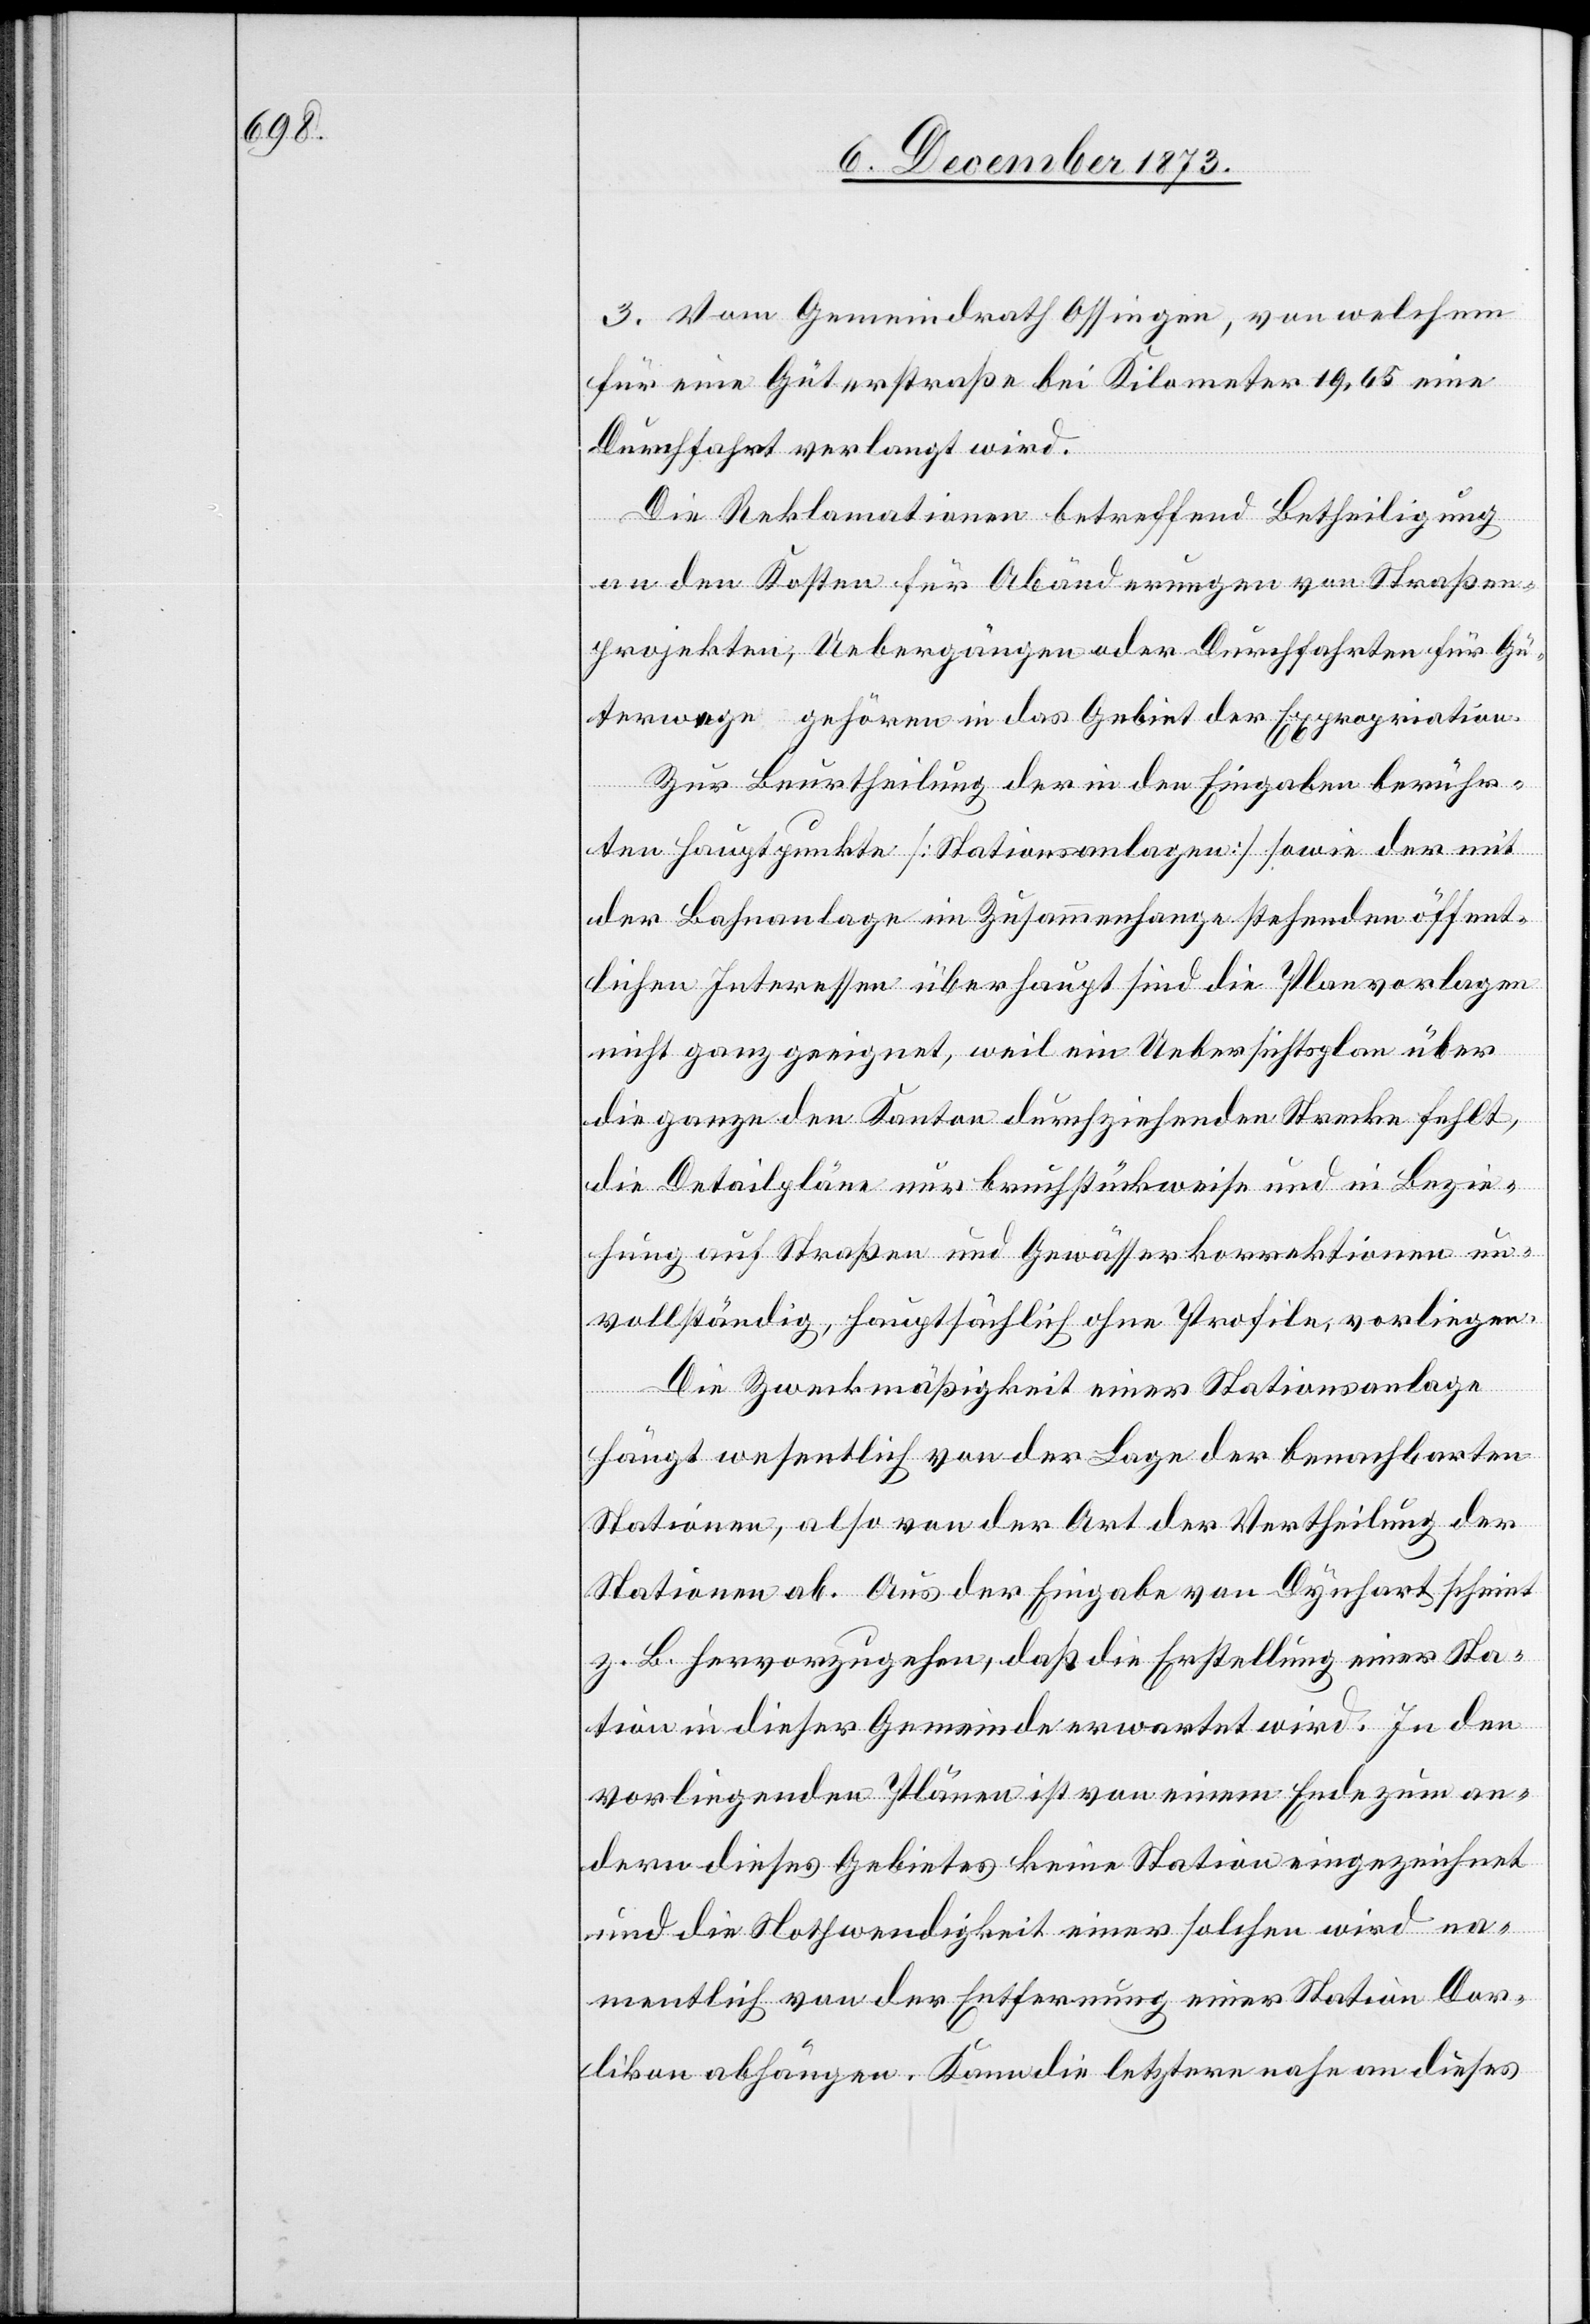
3. Vom Gemeindrath Ossingen, von welchem
für eine Güterstraße bei Kilometer 19,65 eine
Durchfahrt verlangt wird.
Die Reklamationen betreffend Betheiligung
an den Kosten für Abänderungen von Straßen¬
projekten, Uebergängen oder Durchfahrten für Gü¬
terwege gehören in das Gebiet der Expropriation.
Zur Beurtheilung der in den Eingaben berühr¬
ten Hauptpunkte [Stationsanlagen] sowie der mit
der Bahnanlage im Zusammenhange stehenden öffent¬
lichen Interessen überhaupt sind die Planvorlagen
nicht ganz geeignet, weil ein Uebersichtsplan über
die ganze den Kanton durchziehenden [sic!] Strecke fehlt,
die Detailpläne nur bruchstückweise und in Bezie¬
hung auf Straßen und Gewässerkorrektionen un¬
vollständig, hauptsächlich ohne Profile, vorliegen.
sch¬
eint
Die Zweckmäßigkeit einer Stationsanlage
hängt wesentlich von der Lage der benachbarten
Stationen, also von der Art der Vertheilung der
Stationen ab. Aus der Eingabe von Dynhart [sic!]
z. B. hervorzugehen, daß die Erstellung einer Sta¬
tion in dieser Gemeinde erwartet wird. In den
vorliegenden Plänen ist von einem Ende zum an¬
dern dieses Gebietes keine Station eingezeichnet
und die Nothwendigkeit einer solchen wird na¬
mentlich von der Entfernung einer Station Dor¬
likon abhängen. Kann die letztere nahe an dieses